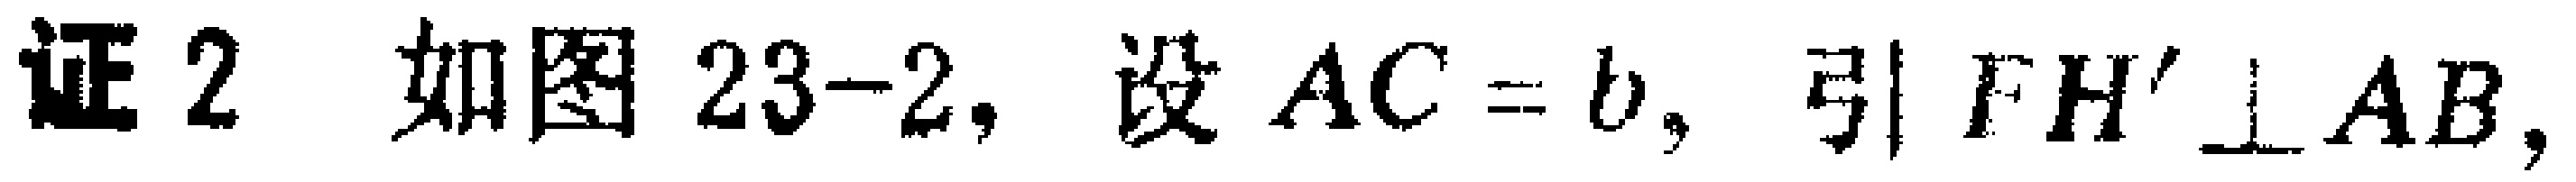
证 2 如图 23-2, 设 \(AC = b\), 引 \(FH'\perp AB\),